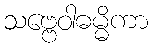
သဗ္ဗေဝါဓမ္မိကာ